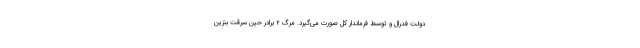
دولت فدرال و توسط فرماندار کل صورت می‌گیرد. مرگ ۲ برادر حین سرقت بنزین